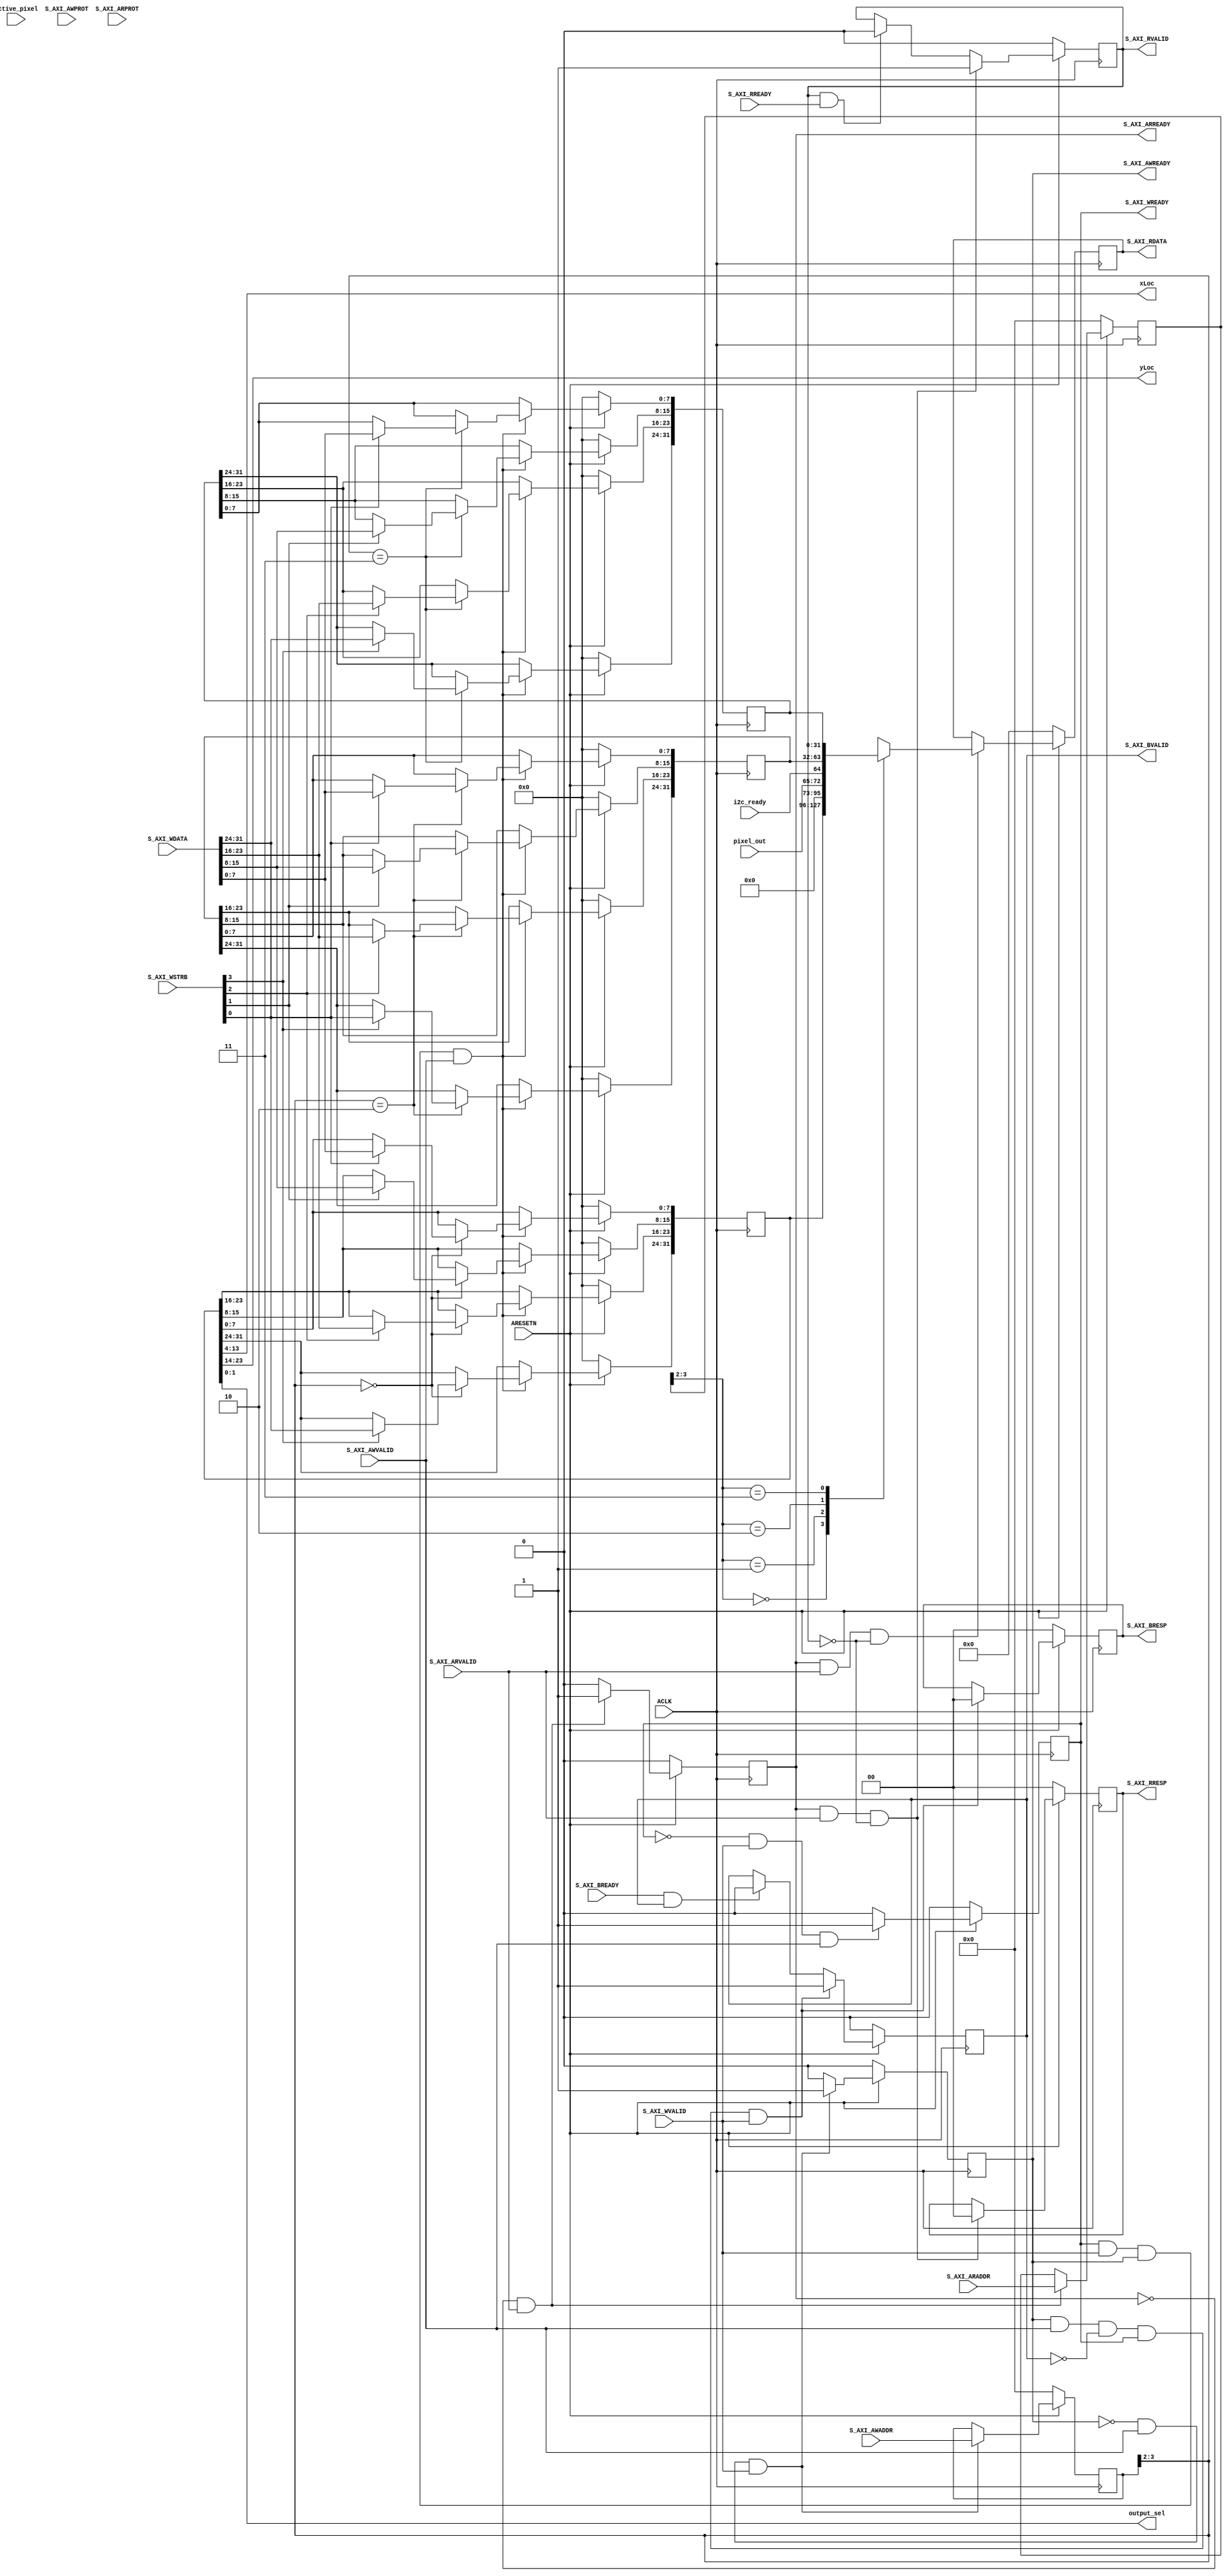
`timescale 1 ns / 1 ps

	module OvCAM_S_AXI #
	(
		
		parameter integer S_AXI_DATA_WIDTH	= 32,     // AXI DATA bus
		parameter integer C_S_AXI_ADDR_WIDTH	= 4  //  AXI ADDRESS bus
		
	)
	(
        output reg [9:0] xLoc, //HORIZONTAL FRAME BUFFER conter  
        output reg [9:0] yLoc,//VERTICAL FRAME BUFFER 
        output reg [1:0]output_sel,        
		input wire  active_pixel,
        input wire i2c_ready, //ACTIVE FRAME IN THE CAM WILL BE VSYNC
        input wire [7:0] pixel_out,
        //**************************************//
		
	//GLOBAL SIGNALS STARTS WITH 'A' REFERINNG TO AXI 

		
		input wire ACLK,
		
		input wire  ARESETN,//  RESET Signal is Active LOW
		
		     // Write ADDRESS FROM MASTER TO SLAVE 
		input wire [C_S_AXI_ADDR_WIDTH-1 : 0] S_AXI_AWADDR,
		 
    	     //  Write channel TO SHOW the transaction is a DATA access or an instruction access.
		input wire [2 : 0] S_AXI_AWPROT,
		
    		 // valid write ADDRESS and control information.
		input wire  S_AXI_AWVALID, // Write ADDRESS valid.
		
    	     //slave is ready to accept an ADDRESS and associated control signals.	
		output wire  S_AXI_AWREADY, // Write ADDRESS ready. 
		
		     // Write DATA FROM MASTER TO SLAVE 
		input wire [S_AXI_DATA_WIDTH-1 : 0] S_AXI_WDATA,
		 
		     // Write strobes. This signal indicates which byte lanes hold	
		input wire [(S_AXI_DATA_WIDTH/8)-1 : 0] S_AXI_WSTRB, // valid DATA. 1write_strobe_bit for each BYTE  
		
		     // Write valid. 
		input wire  S_AXI_WVALID,// valid write DATA and strobes are available.
		
		     // Write ready.  
		output wire  S_AXI_WREADY, // slave can accept the write DATA.
		
		     // Write response.  	
		output wire [1 : 0] S_AXI_BRESP, // status of the write transaction   //2
		
		     // Write response valid.  
		output wire  S_AXI_BVALID, // the channel is signaling a valid write response.
		
		     // Response ready.
		input wire  S_AXI_BREADY, // the master can accept a write response.
		
		     // Read ADDRESS FROM MASTER TO SLAVE 
		input wire [C_S_AXI_ADDR_WIDTH-1 : 0] S_AXI_ARADDR,                     //4
		 
		     // Protection type. 
		input wire [2 : 0] S_AXI_ARPROT, // transaction is a DATA access or an instruction access.
		
		     // Read ADDRESS valid.  
		input wire  S_AXI_ARVALID, //channel is signaling valid read ADDRESS and control information.
		
		     // Read ADDRESS ready.  
   		output wire  S_AXI_ARREADY,// slave is ready to accept an ADDRESS and associated control signals.
		
		     // Read DATA ( slave)
		output wire [S_AXI_DATA_WIDTH-1 : 0] S_AXI_RDATA,                        //32
		
		      // Read response. 
		output wire [1 : 0] S_AXI_RRESP, //status of the read transfer.          //2
		
		     // Read valid.
		output wire  S_AXI_RVALID, // the channel is signaling the required read DATA.
		
		     // Read ready
		input wire  S_AXI_RREADY //Master can accept the read DATA and response information.
	);

	//*****************//
	
	
	
	reg [C_S_AXI_ADDR_WIDTH-1 : 0] 	axi_awaddr; //4 Write
	reg  	axi_awready; 
	reg  	axi_wready;
	reg [1 : 0] 	axi_bresp;                  //2 
	reg  	axi_bvalid;
	reg [C_S_AXI_ADDR_WIDTH-1 : 0] 	axi_araddr;  //4 Read
	reg  	axi_arready;
	reg [S_AXI_DATA_WIDTH-1 : 0] 	axi_rDATA;  //32
	reg [1 : 0] 	axi_rresp;                  //2  
	reg  	axi_rvalid;

	
	// local parameter for ADDRESSing 32 bit / 64 bit S_AXI_DATA_WIDTH
	// ADDR_LSB is used for ADDRESSing 32/64 bit registers/memories
	// ADDR_LSB = 2 for 32 bits (n downto 2)
	// ADDR_LSB = 3 for 64 bits (n downto 3)
	localparam integer ADDR_LSB = (S_AXI_DATA_WIDTH/32) + 1;   //32/32+1>>2
	localparam integer OPT_MEM_ADDR_BITS = 1; 
	//----------------------------------------------
	//-- Signals for user logic register 
	//------------------------------------------------
	//-- Number of Slave Registers 4
	reg [S_AXI_DATA_WIDTH-1:0]	slv_reg0;  //32
	reg [S_AXI_DATA_WIDTH-1:0]	slv_reg1;  
	reg [S_AXI_DATA_WIDTH-1:0]	slv_reg2;
	reg [S_AXI_DATA_WIDTH-1:0]	slv_reg3;
	wire	 slv_reg_rden;
	wire	 slv_reg_wren;
	reg [S_AXI_DATA_WIDTH-1:0]	 reg_DATA_out; //32
	integer	 byte_index;

  // I/O Connections 

	assign S_AXI_AWREADY	= axi_awready; 
	assign S_AXI_WREADY	= axi_wready;
	assign S_AXI_BRESP	= axi_bresp;
	assign S_AXI_BVALID	= axi_bvalid;
	assign S_AXI_ARREADY	= axi_arready;
	assign S_AXI_RDATA	= axi_rDATA;
	assign S_AXI_RRESP	= axi_rresp;
	assign S_AXI_RVALID	= axi_rvalid;
	
	
	
    //*************//

	// Implement axi_awready generation
	

	always @( posedge ACLK )
	begin
	  if ( ARESETN == 1'b0 )
	    begin
	      axi_awready <= 1'b0; 
	    end 
	  else
	    begin    
		       // axi_awready is asserted for oneACLK clock cycle when both
	           // S_AXI_AWVALID and S_AXI_WVALID are asserted. axi_awready is de-asserted when reset is low.
	      if (~axi_awready && S_AXI_AWVALID && S_AXI_WVALID) 
	        begin
	          // slave is ready to accept write ADDRESS 
	          axi_awready <= 1'b1;
	        end
	      else           
	        begin
	          axi_awready <= 1'b0;
	        end
	    end 
	end       

	    // Implement axi_awaddr latching to latch the ADDRESS when both S_AXI_AWVALID and S_AXI_WVALID are valid. 

	always @( posedge ACLK )
	begin
	  if ( ARESETN == 1'b0 )
	    begin
	      axi_awaddr <= 0;
	    end 
	  else
	    begin    
	      if (~axi_awready && S_AXI_AWVALID && S_AXI_WVALID)
	        begin
	          // Write ADDRESS latching 
	          axi_awaddr <= S_AXI_AWADDR;
	        end
	    end 
	end       


	// WRITE READY 
	
	always @( posedge ACLK )
	begin
	  if ( ARESETN == 1'b0 )
	    begin
	      axi_wready <= 1'b0;
	    end 
	  else
	    begin    
	      if (~axi_wready && S_AXI_WVALID && S_AXI_AWVALID)
	        begin
	          // slave is ready to accept write DATA 
	          axi_wready <= 1'b1;
	        end
	      else
	        begin
	          axi_wready <= 1'b0;
	        end
	    end 
	end       

	//  MEM MAPPED register select and WRITE CHANNEL 
	// The write DATA is accepted and written to memory mapped registers when
	// axi_awready, S_AXI_WVALID, axi_wready and S_AXI_WVALID are asserted. Write strobes are used to
	// select byte enables of slave registers while writing.
	// These registers are cleared when reset (active low) is applied.
	// Slave register write enable is asserted when valid ADDRESS and DATA are available
	// and the slave is ready to accept the write ADDRESS and write DATA.
	assign slv_reg_wren = axi_wready && S_AXI_WVALID && axi_awready && S_AXI_AWVALID;

	always @( posedge ACLK )
	begin
	  if ( ARESETN == 1'b0 )
	    begin
		    //IDEAL STATE 
	      slv_reg0 <= 0;
	      slv_reg1 <= 0;
	      slv_reg2 <= 0;
	      slv_reg3 <= 0;
	    end 
	  else begin
	    if (slv_reg_wren) // 
	      begin
	        case ( axi_awaddr[ADDR_LSB+OPT_MEM_ADDR_BITS:ADDR_LSB] ) // 3:2
	          2'h0:
	            for ( byte_index = 0; byte_index <= (S_AXI_DATA_WIDTH/8)-1; byte_index = byte_index+1 )
	              if ( S_AXI_WSTRB[byte_index] == 1 ) 
				  begin
	                // Respective byte enables are asserted as per write strobes 
	                // Slave register 0
	                slv_reg0[(byte_index*8) +: 8] <= S_AXI_WDATA[(byte_index*8) +: 8];
	              end  
	          2'h1:
	            for ( byte_index = 0; byte_index <= (S_AXI_DATA_WIDTH/8)-1; byte_index = byte_index+1 )
	              if ( S_AXI_WSTRB[byte_index] == 1 ) begin
	                // Respective byte enables are asserted as per write strobes 
	                // Slave register 1
	                slv_reg1[(byte_index*8) +: 8] <= S_AXI_WDATA[(byte_index*8) +: 8];
	              end  
	          2'h2:
	            for ( byte_index = 0; byte_index <= (S_AXI_DATA_WIDTH/8)-1; byte_index = byte_index+1 )
	              if ( S_AXI_WSTRB[byte_index] == 1 ) begin
	                // Respective byte enables are asserted as per write strobes 
	                // Slave register 2
	                slv_reg2[(byte_index*8) +: 8] <= S_AXI_WDATA[(byte_index*8) +: 8];
	              end  
	          2'h3:
	            for ( byte_index = 0; byte_index <= (S_AXI_DATA_WIDTH/8)-1; byte_index = byte_index+1 )
	              if ( S_AXI_WSTRB[byte_index] == 1 ) begin
	                // Respective byte enables are asserted as per write strobes 
	                // Slave register 3
	                slv_reg3[(byte_index*8) +: 8] <= S_AXI_WDATA[(byte_index*8) +: 8];
	              end   //4REG OF THE SLAVE 
	          default : begin
	                      slv_reg0 <= slv_reg0;
	                      slv_reg1 <= slv_reg1;
	                      slv_reg2 <= slv_reg2;
	                      slv_reg3 <= slv_reg3;
	                    end
	        endcase
	      end
	  end
	end    

	// WRITE RESPONSE 
	// The write response and response valid signals are asserted by the slave 
	// when axi_wready, S_AXI_WVALID, axi_wready and S_AXI_WVALID are asserted.  
	// This marks the acceptance of ADDRESS and indicates the status of 
	// write transaction.

	always @( posedge ACLK )
	begin
	  if ( ARESETN == 1'b0 )
	    begin
	      axi_bvalid  <= 0;
	      axi_bresp   <= 2'b0;
	    end 
	  else
	    begin    
	      if (axi_awready && S_AXI_AWVALID && ~axi_bvalid && axi_wready && S_AXI_WVALID)
	        begin
	          // indicates a valid write response is available
	          axi_bvalid <= 1'b1;
	          axi_bresp  <= 2'b0; // 'OKAY' response 
	        end                   // work error responses in future
	      else
	        begin
	          if (S_AXI_BREADY && axi_bvalid) 
	            //check if bready is asserted while bvalid is high) 
	           
	            begin
	              axi_bvalid <= 1'b0; 
	            end  
	        end
	    end
	end   

	// ADDRESS READY 
	// axi_arready is asserted for oneACLK clock cycle when
	// S_AXI_ARVALID is asserted. axi_awready is 
	// de-asserted when reset (active low) is asserted. 
	// The read ADDRESS is also latched when S_AXI_ARVALID is 
	// asserted. axi_araddr is reset to zero on reset assertion.

	always @( posedge ACLK )
	begin
	  if ( ARESETN == 1'b0 )
	    begin
	      axi_arready <= 1'b0;
	      axi_araddr  <= 32'b0;
	    end 
	  else
	    begin    
	      if (~axi_arready && S_AXI_ARVALID)
	        begin
	          // indicates that the slave has acceped the valid read ADDRESS
	          axi_arready <= 1'b1;
	          // Read ADDRESS latching
	          axi_araddr  <= S_AXI_ARADDR;
	        end
	      else
	        begin
	          axi_arready <= 1'b0;
	        end
	    end 
	end       

	// ADDRESS READ VALID
	// axi_rvalid is asserted for oneACLK clock cycle when both 
	// S_AXI_ARVALID and axi_arready are asserted. The slave registers 
	// DATA are available on the axi_rDATA bus at this instance. The 
	// assertion of axi_rvalid marks the validity of read DATA on the 
	// bus and axi_rresp indicates the status of read transaction.axi_rvalid 
	// is deasserted on reset (active low). axi_rresp and axi_rDATA are 
	// cleared to zero on reset (active low).  
	always @( posedge ACLK )
	begin
	  if ( ARESETN == 1'b0 )
	    begin
	      axi_rvalid <= 0;
	      axi_rresp  <= 0;
	    end 
	  else
	    begin    
	      if (axi_arready && S_AXI_ARVALID && ~axi_rvalid)
	        begin
	          // Valid read DATA is available at the read DATA bus
	          axi_rvalid <= 1'b1;
	          axi_rresp  <= 2'b0; // 'OKAY' response
	        end   
	      else if (axi_rvalid && S_AXI_RREADY)
	        begin
	          // Read DATA is accepted by the master
	          axi_rvalid <= 1'b0;
	        end                
	    end
	end    

	//  MEM MAPPED register select and READ CHANNEL 
	// Slave register read enable is asserted when valid ADDRESS is available
	// and the slave is ready to accept the read ADDRESS.
	
	
	assign slv_reg_rden = axi_arready & S_AXI_ARVALID & ~axi_rvalid;
	always @(*)
	begin
	      // ADDRESS decoding for reading registers
	      case ( axi_araddr[ADDR_LSB+OPT_MEM_ADDR_BITS:ADDR_LSB] ) 
	        2'h0   : reg_DATA_out <= slv_reg0; //{pixel_out[7:0],yLoc[9:0],xLoc[9:0],i2c_ready,active_pixel,[1:0]output_sel};
	        2'h1   : reg_DATA_out <= {23'b0,pixel_out[7:0],i2c_ready};
	        2'h2   : reg_DATA_out <= slv_reg2;
	        2'h3   : reg_DATA_out <= slv_reg3;
	        default : reg_DATA_out <= 0;
	      endcase
	end

	// Output register or memory read DATA
	always @( posedge ACLK )
	begin
	  if ( ARESETN == 1'b0 )
	    begin
	      axi_rDATA  <= 0;
	    end 
	  else
	    begin    
	      //  valid read ADDRESS (S_AXI_ARVALID) with 
	      // acceptance of read ADDRESS by the slave (axi_arready), 
	     
	      if (slv_reg_rden)
	        begin
	          axi_rDATA <= reg_DATA_out;     // register read DATA
	        end   
	    end
	end    

	
    // slv_reg0 = {pixel_out[7:0], [9:0],xLoc[9:0],i2c_ready,active_pixel,[1:0]output_sel} //8+22+2
    always @(slv_reg0, pixel_out, i2c_ready)
    begin
        yLoc = slv_reg0[23:14]; 
        xLoc = slv_reg0[13:4]; 
        output_sel = slv_reg0[1:0];
    end
	// User logic ends

	endmodule